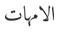
الامهات